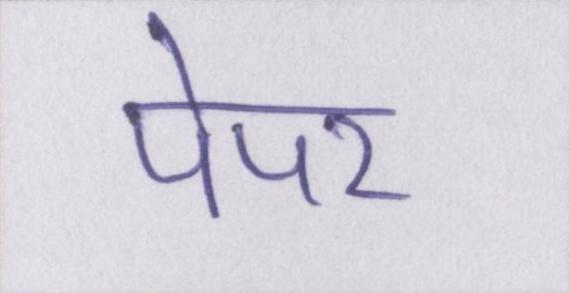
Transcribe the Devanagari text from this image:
पेपर